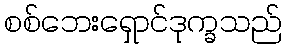
စစ်ဘေးရှောင်ဒုက္ခသည်